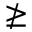
\ngeq